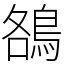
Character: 鵅